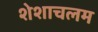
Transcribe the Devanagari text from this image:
शेशाचलम